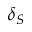
\delta _ { S }